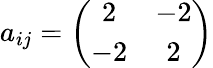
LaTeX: a_{ij}=\left(\begin{array}{cc}{{2}}&{{-2}}\\ {{-2}}&{{2}}\end{array}\right)